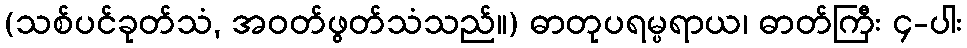
(သစ်ပင်ခုတ်သံ, အဝတ်ဖွတ်သံသည်။) ဓာတုပရမ္ပရာယ၊ ဓာတ်ကြီး ၄-ပါး